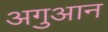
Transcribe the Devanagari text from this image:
अगुआन